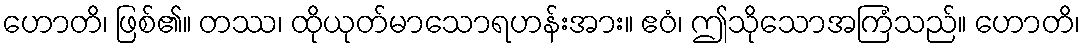
ဟောတိ၊ ဖြစ်၏။ တဿ၊ ထိုယုတ်မာသောရဟန်းအား။ ဧဝံ၊ ဤသိုသောအကြံသည်။ ဟောတိ၊